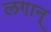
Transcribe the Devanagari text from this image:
लगान्‌